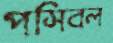
পসিবল